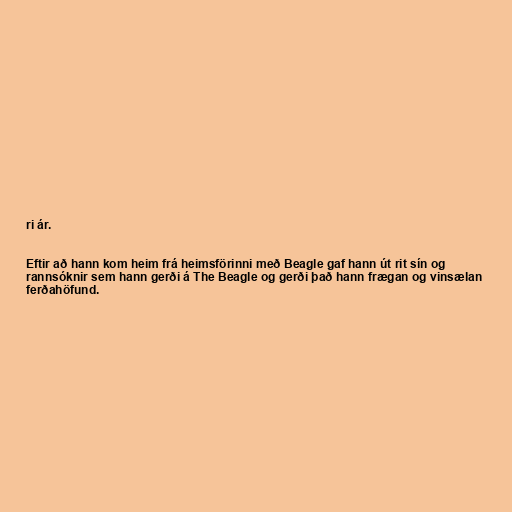
ri ár.

Eftir að hann kom heim frá heimsförinni með Beagle gaf hann út rit sín og
rannsóknir sem hann gerði á The Beagle og gerði það hann frægan og vinsælan
ferðahöfund.